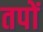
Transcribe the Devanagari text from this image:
तपों